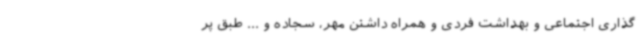
گذاری اجتماعی و بهداشت فردی و همراه داشتن مهر، سجاده و ... طبق پر